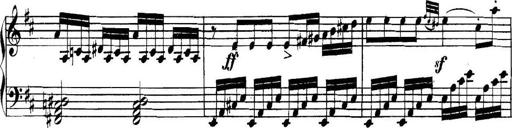
Title: Collected Piano Sonatas
Composer: Muzio Clementi